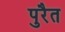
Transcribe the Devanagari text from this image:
पुरैत